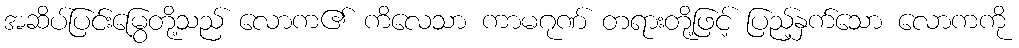
အဆိပ်ပြင်းမြွေတို့သည် လောက၏ ကိလေသာ ကာမဂုဏ် တရားတို့ဖြင့် ပြည့်နှက်သော လောကကို